Report of the Indian Hemp Drugs Commission, 1894-1895 - Volume VI
Year: 1894
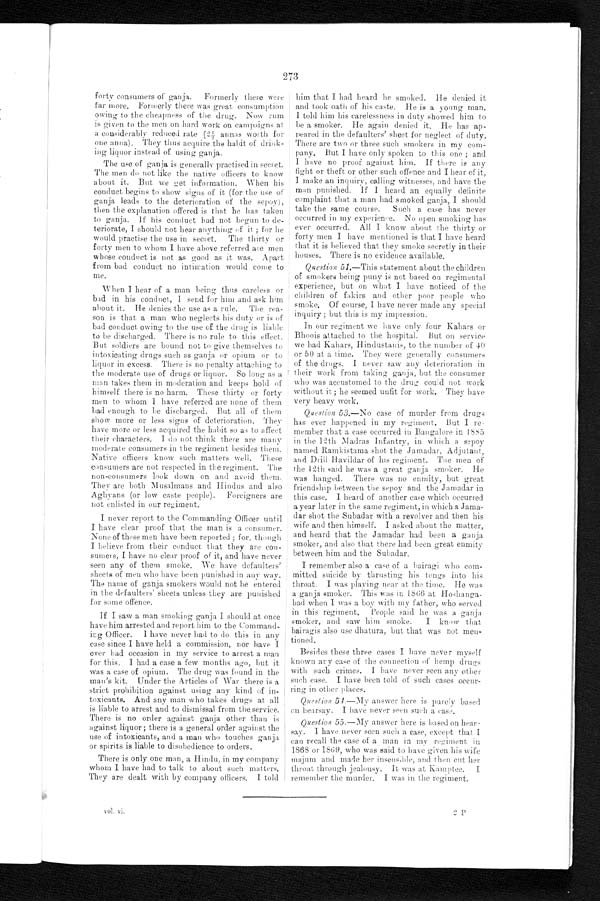
273
forty consumers of ganja. Formerly there were
far more. Formerly there was great consumption
owing to the cheapness of the drug. Now rum
is given to the men on hard work on campaigns at
a considerably reduced rate (21/2 annas worth for
one anna). They thus acquire the habit of drink-
ing liquor instead of using ganja.
The use of ganja is generally practised in secret.
The men do not like the native of f icers to know
about it. But we get information. When his
conduct begins to show signs of it (for the use of
ganja leads to the deterioration of the sepoy),
then the explanation offered is that he has taken
to ganja. If his conduct had not begun to de-
teriorate, I should not hear anything of it ; for he
would practise the use in secret. The thirty or
forty men to whom I have above referred are men
whose conduct is not as good as it was. Apart
from bad conduct no intimation would come to
me.
When I hear of a man being thus careless or
bad in his conduct, I send for him and ask him
about it. He denies the use as a rule. The rea-
son is that a man who neglects his duty or is of
bad conduct owing to the use of the drug is liable
to be discharged. There is no rule to this effect.
But soldiers are bound not to give themselves to
intoxicating drugs such as ganja or opium or to
liquor in excess. There is no penalty attaching to
the moderate use of drugs or liquor. So long as a
man takes them in moderation and keeps bold of
himself there is no harm. These thirty or forty
men to whom 1 have referred are none of them
bad enough to be discharged. But all of them
show more or less signs of deterioration. They
have more or less acquired the habit so as to affect
their characters. I do not think there are many
moderate consumers in the regiment besides them.
Native officers know such matters well. These
consumers are not respected in the regiment. The
non-consumers look down on and avoid them.
They are both Musalmans and Hindus and also
Aghyans (or low caste people). Foreigners are
not enlisted in our regiment.
I never report to the Commanding Officer until
I have clear proof that the man is a consumer.
None of these men have been reported ; for, though
I believe from their conduct that they are con-
sumers, I have no clear proof of it, and have never
seen any of them smoke. We have defaulters'
sheets of men who have been punished in any way.
The name of ganja smokers would not be entered
in the defaulters' sheets unless they are punished
for some offence.
If I saw a man smoking ganja I should at once
have him arrested and report him to the Command-
ing Officer. I have never had to do this in any
case since I have held a commission, nor have I
ever had occasion in my service to arrest a man
for this, I had a case a few months ago, but it
was a case of opium. The drug was found in the
man's kit. Under the Articles of War there is a
strict prohibition against using any kind of in-
toxicants. And any man who takes drugs at all
is liable to arrest and to dismissal from the, service.
There is no order against ganja other than is
against liquor ; there is a general order against the
use of intoxicants, and a man who touches ganja
or spirits is liable to disobedience to orders.
There is only one man, a Hindu, in my company
whom I have had to talk to about such matters.
They are dealt with by company officers. I told
him that I had heard he smoked. He denied it
and took oath of his caste. He is a young man.
I told him his carelessness in duty showed him to
be a smoker. He again denied it. He has ap-
peared in the defaulter's' sheet for neglect of duty.
There are two or three such smokers in my com-
pany. But I have only spoken to this one ; and
I have no proof against him. If there is any
fight or theft or other such offence and I hear of it,
I make an inquiry, calling witnesses, and have the
man punished. If I heard an equally definite
complaint that a man had smoked ganja, I should
take the same course. Such a case has never
occurred in my experience. No open smoking has
ever occurred. All I know about the thirty or
forty men I have mentioned is that I have heard
that it is believed that they smoke secretly in their
houses. There is no evidence available.
Question 51.—This statement about the children
of smokers being puny is not based on regimental
experience, but on what I have noticed of the
children of fakirs and other poor people who
smoke. Of course, I have never made any special
inquiry ; but this is my impression.
In our regiment we have only four Kahars or
Bhoois attached to the hospital. But on service
we had Kahars, Hindustanis, to the number of 40
or 50 at a time. They were generally consumers
of the drugs. I never saw any deterioration in.
their work from taking ganja, but the consumer
who was accustomed to the drug could not work
without it; he seemed unfit for work. They have
very heavy work.
Question 53.—No case of murder from drugs
has ever happened in my regiment. But I re-
member that a case occurred in Bangalore in 1885
in the 12th Madras Infantry, in which a sepoy
named Ramkistama shot the Jamadar, Adjutant,
and Drill Havildar of his regiment. The men of
the 12th said he was a great ganja smoker. He
was hanged. There was no enmity, but great
friendship between the sepoy and the Jamadar in
this case. I heard of another case which occurred
a year later in the same regiment, in which a Jama-
dar shot the Subadar with a revolver and then his
wife and then himself. I asked about the matter,
and heard that the Jamadar had been a ganja
smoker, and also that there had been great enmity
between him and the Subadar.
I remember also a case of a bairagi who com-
mitted suicide by thrusting his tongs into his
throat. I was playing near at the time. He was
a ganja smoker. This was in 1866 at Hoshanga
-bad when I was a boy with my father, who served
in this regiment. People said he was a ganja
smoker, and saw him smoke. I know that
bairagis also use dhatura, but that was not me
n - t i o n e d .
Besides these three cases I have never myself
known ary case of the connection of hemp drugs -
with such crimes. I have never seen any other
such case. I have been told of such cases occur-
ring in other places.
Question 54.—My answer here is purely based
on hearsay. I have never seen such a ease.
Question 55 .—My answer here is based on hear-
say. I have never seen such a ease, except that I
can recall the case of a man in my regiment in
1868 or 1869, who was said to have given his wife
majum and made her insensible, and then cut her
throat through jealousy. It was at Kamptee. I
remember the murder. I was in the regiment.
vol. vi.
2 P